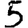
Digit: 5